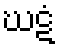
ဃဋံ